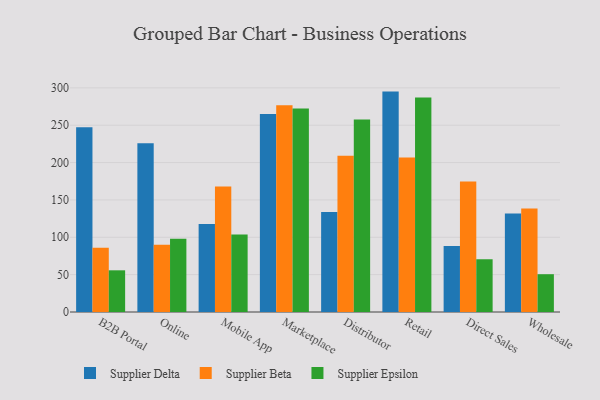
{"axis": {"x": "Channel", "y": "Revenue (USD Million)"}, "legend": ["Supplier Beta", "Supplier Delta", "Supplier Epsilon"], "data": [{"x": "B2B Portal", "y": 247.4, "type": "Supplier Delta"}, {"x": "B2B Portal", "y": 86.1, "type": "Supplier Beta"}, {"x": "B2B Portal", "y": 55.8, "type": "Supplier Epsilon"}, {"x": "Online", "y": 225.9, "type": "Supplier Delta"}, {"x": "Online", "y": 89.9, "type": "Supplier Beta"}, {"x": "Online", "y": 98.1, "type": "Supplier Epsilon"}, {"x": "Mobile App", "y": 117.7, "type": "Supplier Delta"}, {"x": "Mobile App", "y": 167.9, "type": "Supplier Beta"}, {"x": "Mobile App", "y": 103.7, "type": "Supplier Epsilon"}, {"x": "Marketplace", "y": 265.1, "type": "Supplier Delta"}, {"x": "Marketplace", "y": 276.7, "type": "Supplier Beta"}, {"x": "Marketplace", "y": 272.3, "type": "Supplier Epsilon"}, {"x": "Distributor", "y": 134.0, "type": "Supplier Delta"}, {"x": "Distributor", "y": 209.0, "type": "Supplier Beta"}, {"x": "Distributor", "y": 257.8, "type": "Supplier Epsilon"}, {"x": "Retail", "y": 295.0, "type": "Supplier Delta"}, {"x": "Retail", "y": 206.8, "type": "Supplier Beta"}, {"x": "Retail", "y": 287.2, "type": "Supplier Epsilon"}, {"x": "Direct Sales", "y": 88.4, "type": "Supplier Delta"}, {"x": "Direct Sales", "y": 174.6, "type": "Supplier Beta"}, {"x": "Direct Sales", "y": 70.5, "type": "Supplier Epsilon"}, {"x": "Wholesale", "y": 131.9, "type": "Supplier Delta"}, {"x": "Wholesale", "y": 138.4, "type": "Supplier Beta"}, {"x": "Wholesale", "y": 50.6, "type": "Supplier Epsilon"}]}